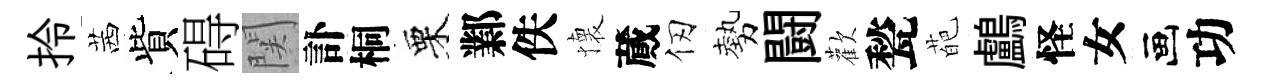
拎茜貲碍関訃桐栗鄴佚懐蕆仞勢闘歡甃葩鸕怪女画功